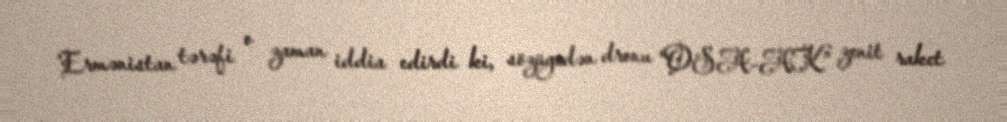
Ermənistan tərəfi o zaman iddia edirdi ki, sözügedən dronu "OSA-AK” zenit raket